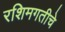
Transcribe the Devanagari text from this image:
रशिमगतीचे